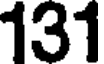
131